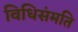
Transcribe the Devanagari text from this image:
विधिसंमति